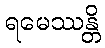
ရမေဿန္တိ